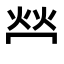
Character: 𤇾